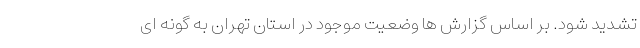
تشدید شود. بر اساس گزارش ها وضعیت موجود در استان تهران به گونه ای